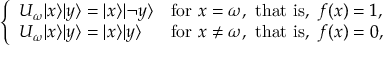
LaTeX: \left\{ \begin{array} { l l } { U _ { \omega } | x \rangle | y \rangle = | x \rangle | \neg y \rangle } & { { \mathrm { f o r ~ } } x = \omega { \mathrm { , ~ t h a t ~ i s , ~ } } f ( x ) = 1 , } \\ { U _ { \omega } | x \rangle | y \rangle = | x \rangle | y \rangle } & { { \mathrm { f o r ~ } } x \neq \omega { \mathrm { , ~ t h a t ~ i s , ~ } } f ( x ) = 0 , } \end{array} \right.